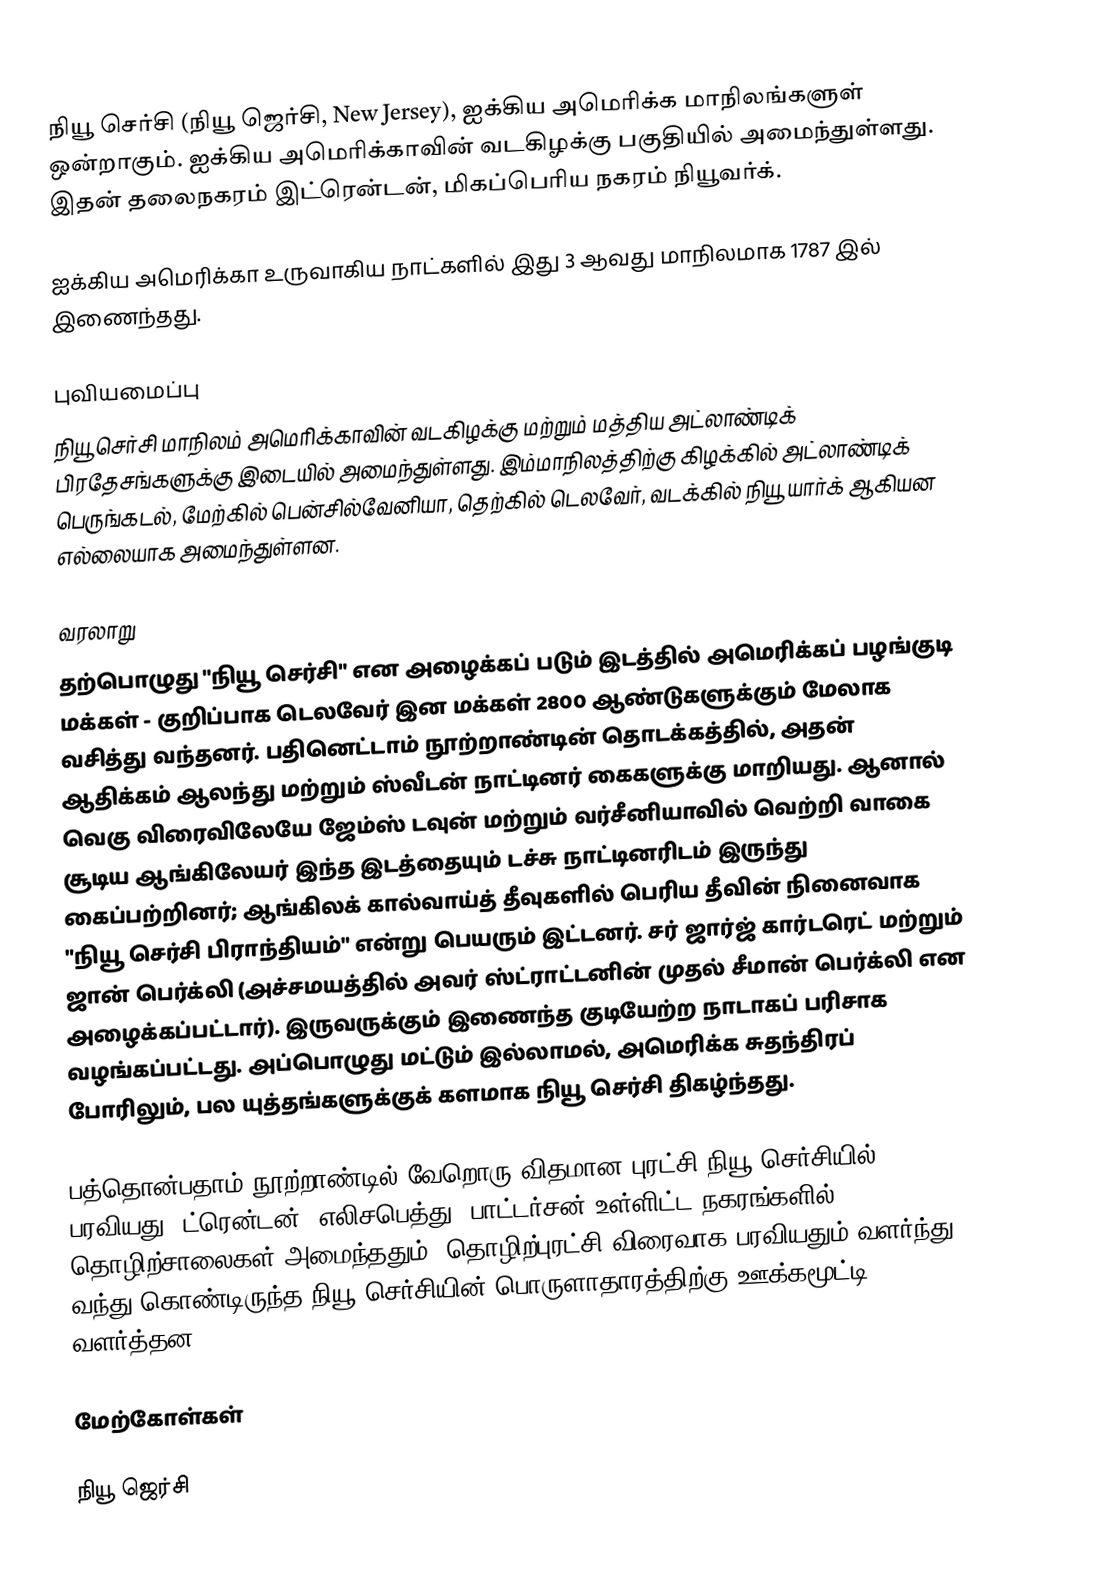
நியூ செர்சி (நியூ ஜெர்சி, New Jersey), ஐக்கிய அமெரிக்க மாநிலங்களுள் ஒன்றாகும். ஐக்கிய அமெரிக்காவின் வடகிழக்கு பகுதியில் அமைந்துள்ளது. இதன் தலைநகரம் இட்ரென்டன், மிகப்பெரிய நகரம் நியூவர்க்.

ஐக்கிய அமெரிக்கா உருவாகிய நாட்களில் இது 3 ஆவது மாநிலமாக 1787 இல் இணைந்தது.

புவியமைப்பு
நியூ செர்சி மாநிலம் அமெரிக்காவின் வடகிழக்கு மற்றும் மத்திய அட்லாண்டிக் பிரதேசங்களுக்கு இடையில் அமைந்துள்ளது. இம்மாநிலத்திற்கு கிழக்கில் அட்லாண்டிக் பெருங்கடல், மேற்கில் பென்சில்வேனியா, தெற்கில் டெலவேர், வடக்கில் நியூ யார்க் ஆகியன எல்லையாக அமைந்துள்ளன.

வரலாறு
தற்பொழுது "நியூ செர்சி" என அழைக்கப் படும் இடத்தில் அமெரிக்கப் பழங்குடி மக்கள் - குறிப்பாக டெலவேர் இன மக்கள் 2800 ஆண்டுகளுக்கும் மேலாக வசித்து வந்தனர். பதினெட்டாம் நூற்றாண்டின் தொடக்கத்தில், அதன் ஆதிக்கம் ஆலந்து மற்றும் ஸ்வீடன் நாட்டினர் கைகளுக்கு மாறியது. ஆனால் வெகு விரைவிலேயே ஜேம்ஸ் டவுன் மற்றும் வர்சீனியாவில் வெற்றி வாகை சூடிய ஆங்கிலேயர் இந்த இடத்தையும் டச்சு நாட்டினரிடம் இருந்து கைப்பற்றினர்; ஆங்கிலக் கால்வாய்த் தீவுகளில் பெரிய தீவின் நினைவாக "நியூ செர்சி பிராந்தியம்" என்று பெயரும் இட்டனர். சர் ஜார்ஜ் கார்டரெட் மற்றும் ஜான் பெர்க்லி (அச்சமயத்தில் அவர் ஸ்ட்ராட்டனின் முதல் சீமான் பெர்க்லி என அழைக்கப்பட்டார்). இருவருக்கும் இணைந்த குடியேற்ற நாடாகப் பரிசாக வழங்கப்பட்டது. அப்பொழுது மட்டும் இல்லாமல், அமெரிக்க சுதந்திரப் போரிலும், பல யுத்தங்களுக்குக் களமாக நியூ செர்சி திகழ்ந்தது.

பத்தொன்பதாம் நூற்றாண்டில் வேறொரு விதமான புரட்சி நியூ செர்சியில் பரவியது; ட்ரென்டன், எலிசபெத்து, பாட்டர்சன் உள்ளிட்ட நகரங்களில் தொழிற்சாலைகள் அமைந்ததும், தொழிற்புரட்சி விரைவாக பரவியதும் வளர்ந்து வந்து கொண்டிருந்த நியூ செர்சியின் பொருளாதாரத்திற்கு ஊக்கமூட்டி வளர்த்தன.

மேற்கோள்கள்

நியூ ஜெர்சி